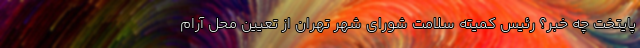
پایتخت چه خبر؟ رئیس کمیته سلامت شورای شهر تهران از تعیین محل آرام